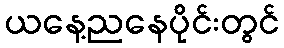
ယနေ့ညနေပိုင်းတွင်